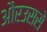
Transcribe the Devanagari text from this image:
औरउससे